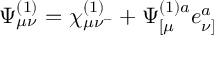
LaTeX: \Psi _ { \mu \nu } ^ { ( 1 ) } = \chi _ { \mu \nu ^ { - } } ^ { ( 1 ) } + \Psi _ { [ \mu } ^ { ( 1 ) a } e _ { \nu ] } ^ { a }